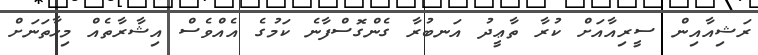
ރަޝިއާއިން ސީރިއާއަށް ކުރާ ތާޢީދު އަނބުރާ ގެންގޮސްފާނެ ކަމުގެ އެއްވެސް އިޝާރާތެއް މިހާތަނަށް